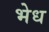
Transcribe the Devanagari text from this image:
भेध